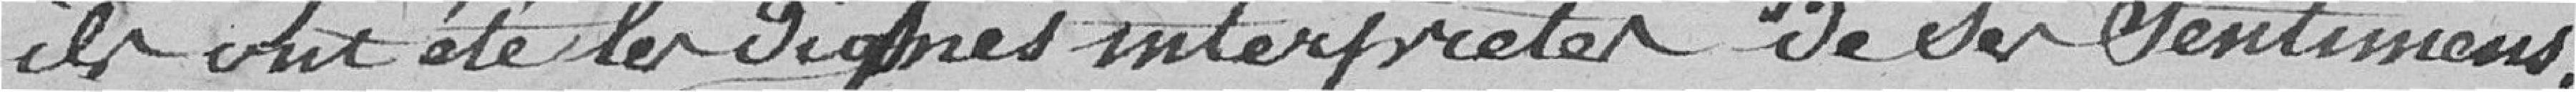
ils ont été les dignes interprétes de ses sentiments